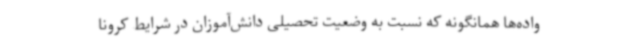
واده‌ها همانگونه که نسبت به وضعیت تحصیلی دانش‌آموزان در شرایط کرونا